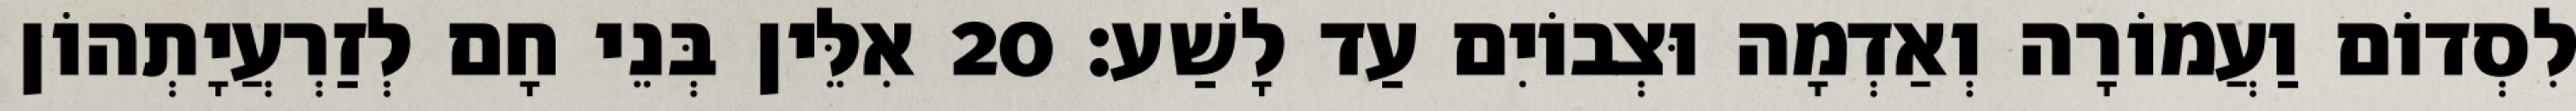
לִסְדוֹם וַעֲמוֹרָה וְאַדְמָה וּצְבוֹיִם עַד לָשַׁע׃ 20 אִלֵּין בְּנֵי חָם לְזַרְעֲיָתְהוֹן